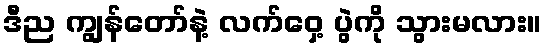
ဒီည ကျွန်တော်နဲ့ လက်ဝှေ့ ပွဲကို သွားမလား။